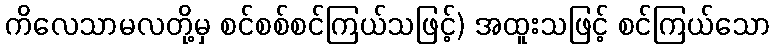
ကိလေသာမလတို့မှ စင်စစ်စင်ကြယ်သဖြင့်) အထူးသဖြင့် စင်ကြယ်သော